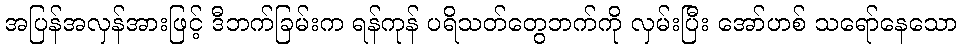
အပြန်အလှန်အားဖြင့် ဒီဘက်ခြမ်းက ရန်ကုန် ပရိသတ်တွေဘက်ကို လှမ်းပြီး အော်ဟစ် သရော်နေသော